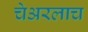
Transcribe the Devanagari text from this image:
चेअरलाच